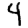
Digit: 4